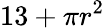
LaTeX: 13+\pi r^{2}